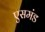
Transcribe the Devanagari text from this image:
एसमंड